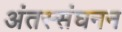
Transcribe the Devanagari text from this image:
अंतस्संघनन